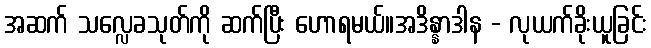
အဆက် သလ္လေခသုတ်ကို ဆက်ပြီး ဟောရမယ်။အဒိန္နာဒါန - လုယက်ခိုးယူခြင်း